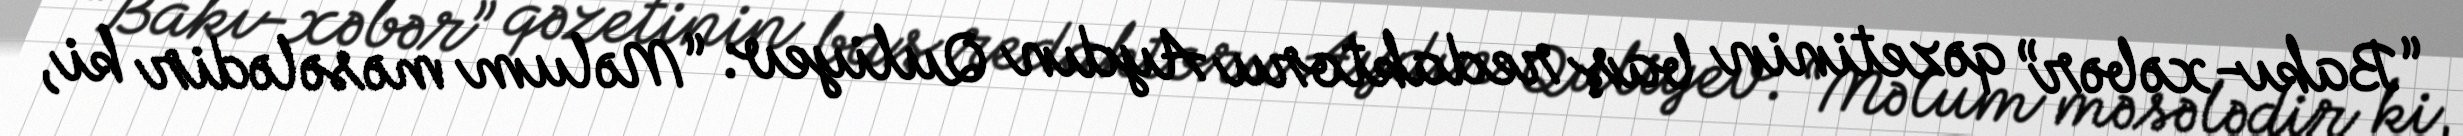
“Bakı-xəbər” qəzetinin baş redaktoru Aydın Quliyev: “Məlum məsələdir ki,